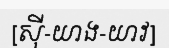
[ស៊ី-យាង-យាវ]